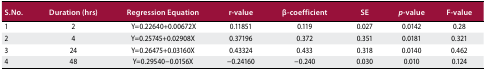
<table><thead><tr><td><b>S.No.</b></td><td><b>Duration (hrs)</b></td><td><b>Regression Equation</b></td><td><b>r-value</b></td><td><b>-coefficient</b></td><td><b>SE</b></td><td><b><i>p</i>-value</b></td><td><b>F-value</b></td></tr></thead><tbody><tr><td>1</td><td>2</td><td>Y = 0.22640 + 0.00672X</td><td>0.11851</td><td>0.119</td><td>0.027</td><td>0.0142</td><td>0.28</td></tr><tr><td>2</td><td>4</td><td>Y = 0.25745 + 0.02908X</td><td>0.37196</td><td>0.372</td><td>0.351</td><td>0.0181</td><td>0.321</td></tr><tr><td>3</td><td>24</td><td>Y = 0.26475 + 0.03160X</td><td>0.43324</td><td>0.433</td><td>0.318</td><td>0.0140</td><td>0.462</td></tr><tr><td>4</td><td>48</td><td>Y = 0.29540-0.0156X</td><td>-0.24160</td><td>-0.240</td><td>0.030</td><td>0.010</td><td>0.124</td></tr></tbody></table>